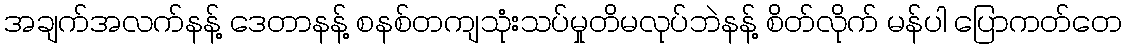
အချက်အလက်နန့် ဒေတာနန့် စနစ်တကျသုံးသပ်မှုတိမလုပ်ဘဲနန့် စိတ်လိုက် မန်ပါ ပြောကတ်တေ